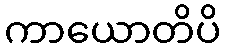
ကာယောတိပိ